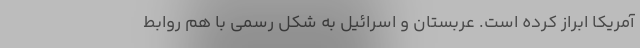
آمریکا ابراز کرده است. عربستان و اسرائیل به شکل رسمی با هم روابط